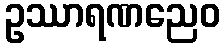
ဥဿာရဏညေဝ